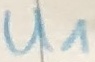
Text: U1